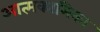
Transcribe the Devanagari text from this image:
आत्मकामिका